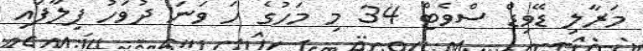
މަރާލި ޑޭވިޑް ސްވެޓް 34 މި މަހުގެ ހަ ވަނަ ދުވަހު ފިލާފައި